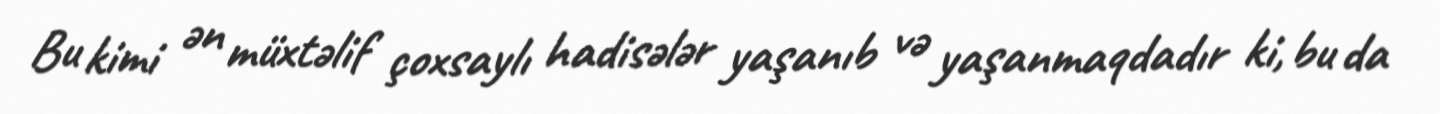
Bu kimi ən müxtəlif çoxsaylı hadisələr yaşanıb və yaşanmaqdadır ki, bu da